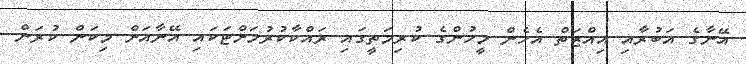
އޭނާގެ އަބުރާއި އިއްޒަތް އެހެން މީހުންގެ ކުރިމަތީގައި ރައްކާކުރުމަށްޓަކައި އޭނާއަށް މިކަން ކުރަން